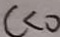
c < 0